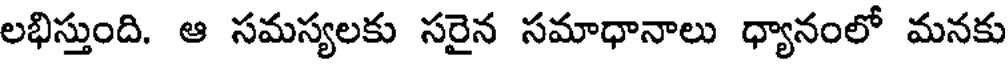
లభిస్తుంది. ఆ సమస్యలకు సరైన సమాధానాలు ధ్యానంలో మనకు